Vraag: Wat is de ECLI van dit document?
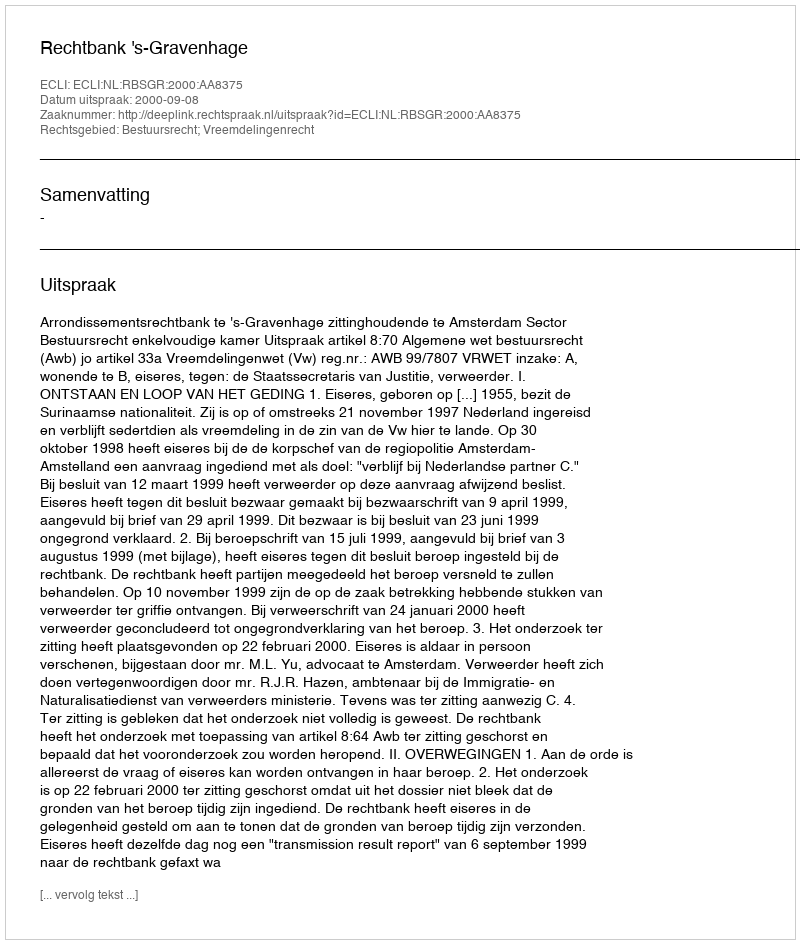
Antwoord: ECLI:NL:RBSGR:2000:AA8375